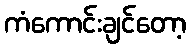
ကံကောင်းချင်တော့